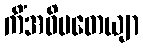
ကိံအဓိပတေယျာ